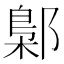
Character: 鄡